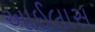
આઈલાસ